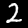
Label: 2